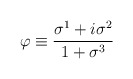
\begin{align*}\varphi\equiv\frac{\sigma^{1}+i\sigma^{2}}{1+\sigma^{3}}\end{align*}